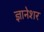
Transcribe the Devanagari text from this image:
ज्ञानेशर